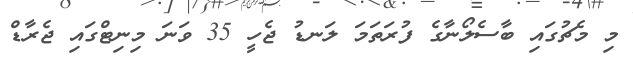
މި މެޗުގައި ބާސެލޯނާގެ ފުރަތަމަ ލަނޑު ޖެހީ 35 ވަނަ މިނިޓްގައި ޖެރާޑް